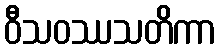
ဝီသဝဿသတိကာ